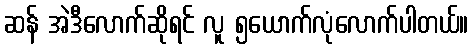
ဆန် အဲဒီလောက်ဆိုရင် လူ ၅ယောက်လုံလောက်ပါတယ်။